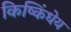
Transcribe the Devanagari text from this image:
किष्किंधेय